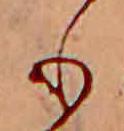
も